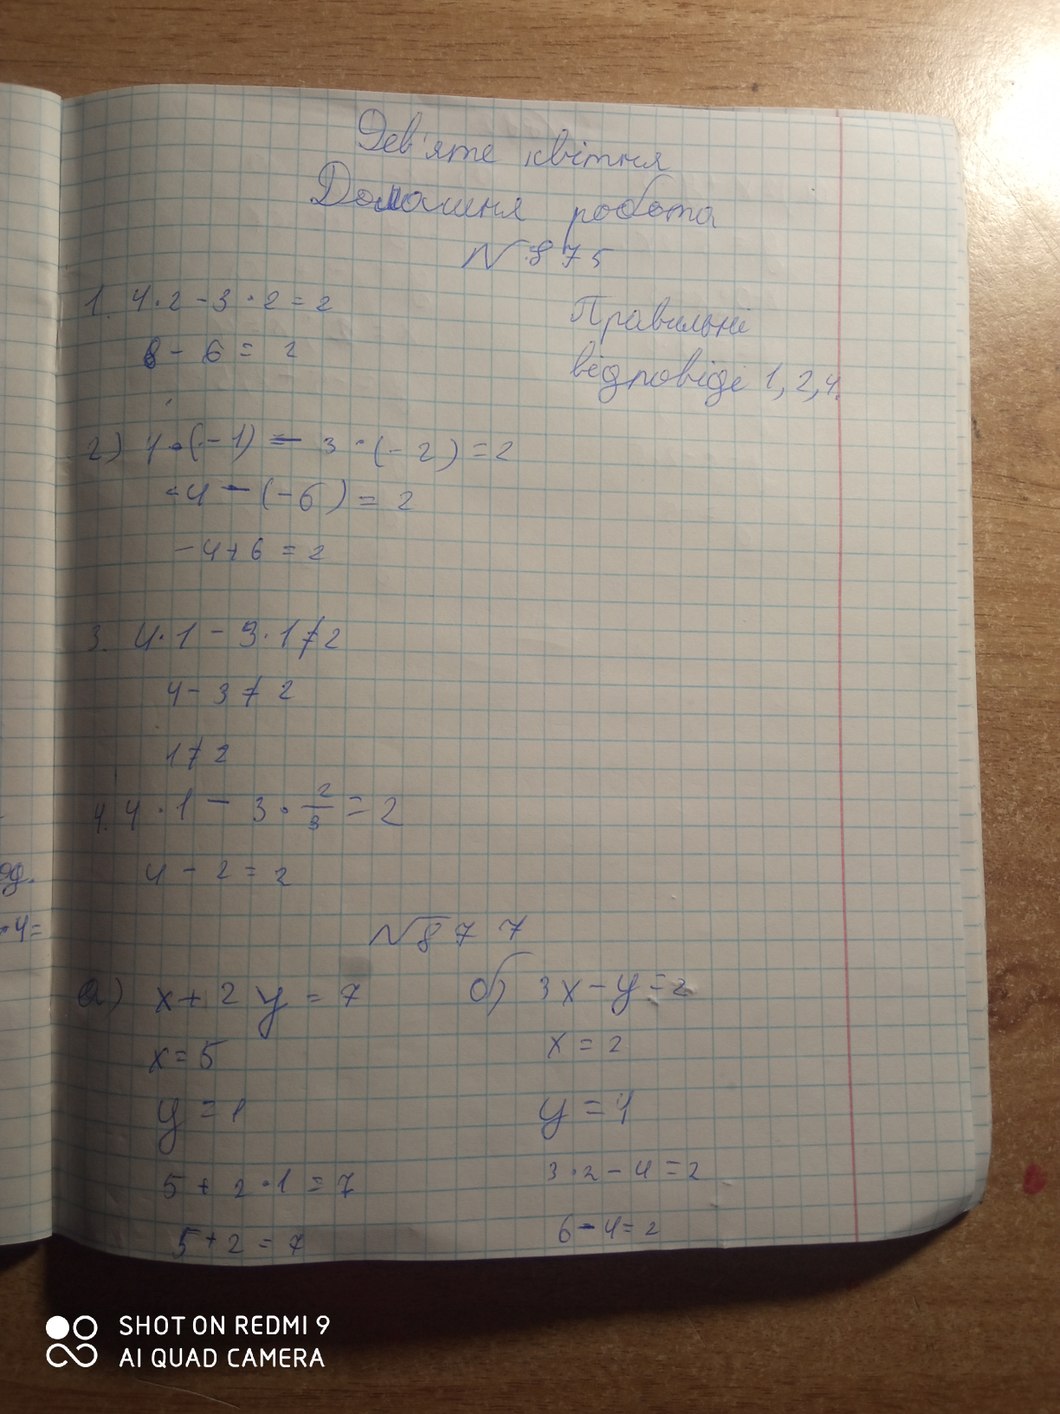
Дев'яте квітня
Домашня робота
№ 875
1. 4 ‧ 2 - 3 ‧ 2 = 2
Правильні
8 - 6 = 2
відповіді 1, 2, 4.
2) 1 · (-1) - 3 · (-2) = 2
-4 - (-6) = 2
- 4 + 6 = 2
3. 4 · 1 - 3 · 1 ≠ 2
4 - 3 ≠ 2
1 ≠ 2
4. 4 ‧ 1 - 3 ‧ 2/3 = 2
4 - 2 = 2
№ 877
a) 3x - y = 2
a) x + 2y = 7
x = 2
x = 5
y = 4
y = 1
3 · 2 - 4 = 2
5 + 2 · 1 = 7
6 - 4 =2
5 + 2 = 7
SHOT ON REDMI 9
AI QUAD CAMERA